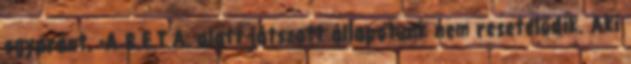
egyaránt. -A B.E.T.A. alatt játszott állapotunk nem resetelődik. Aki